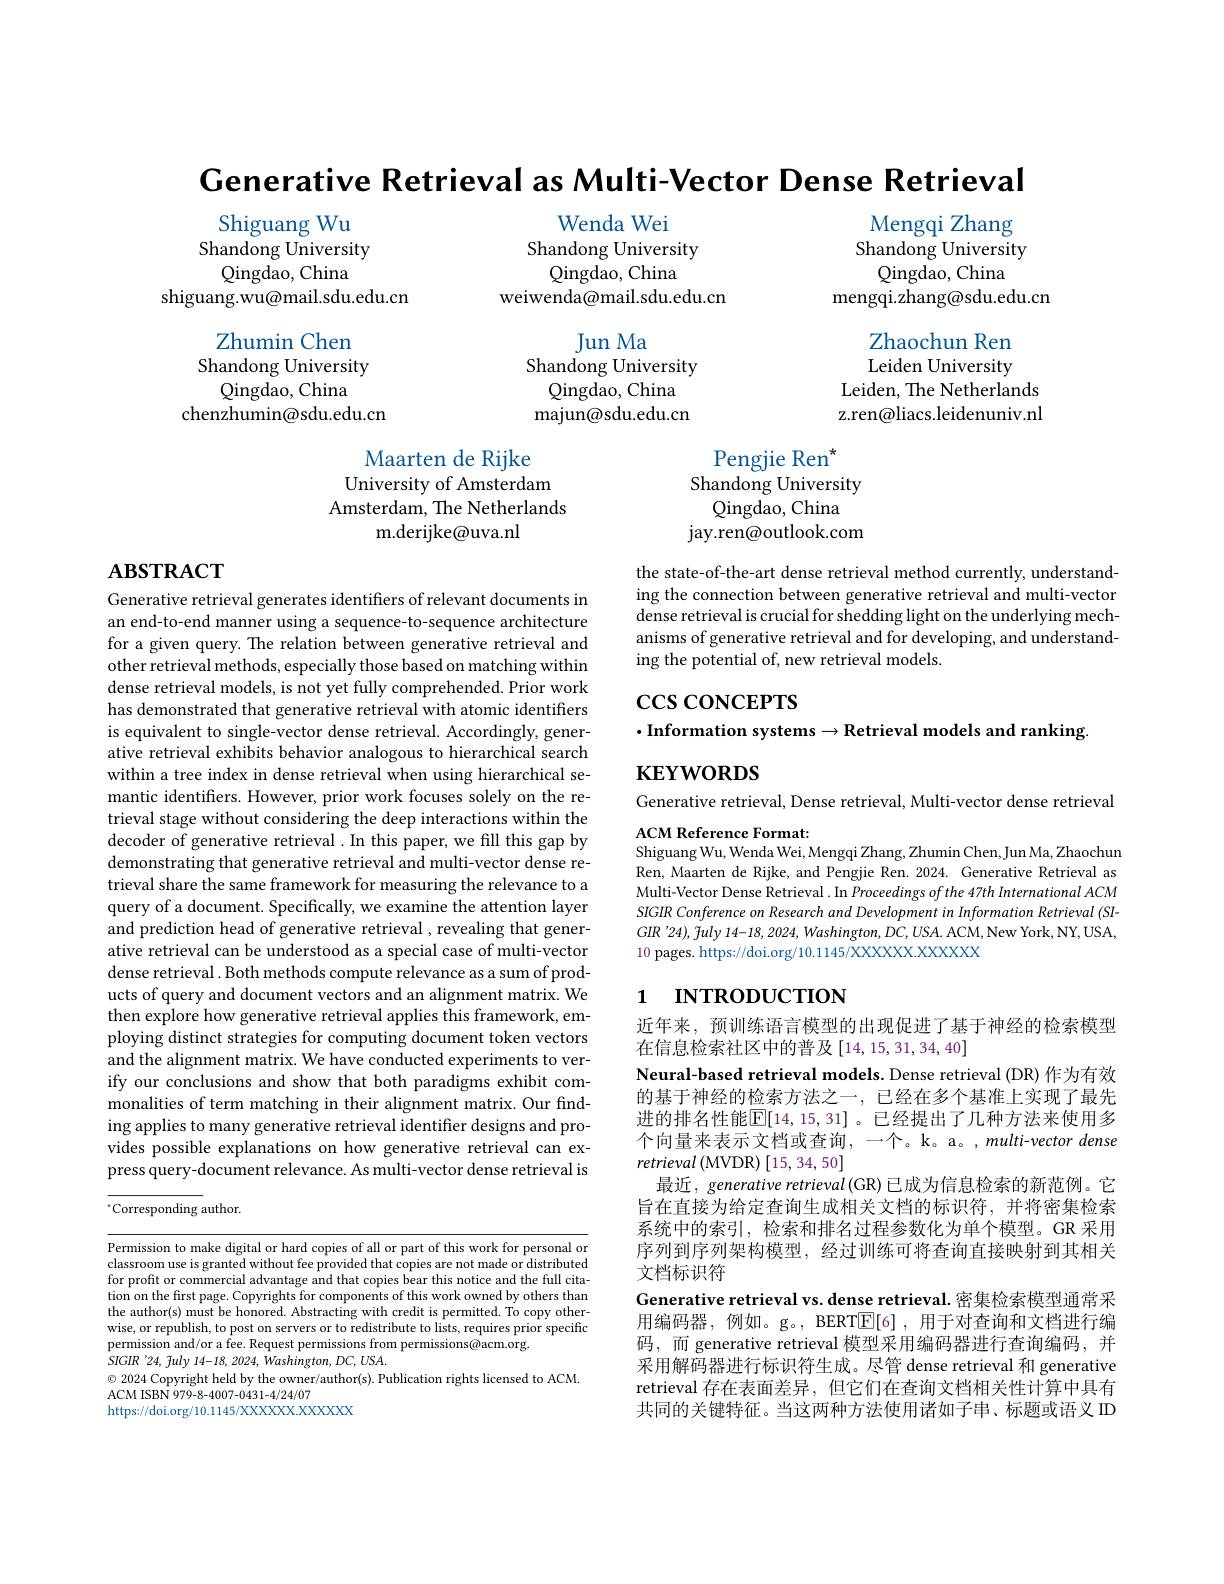
Generative Retrieval as Multi-Vector Dense Retrieval

Wenda Wei
Shandong University
${\mathrm{Qingdao,~China}}$
weiwenda@mail.sdu.edu.cn

Mengqi Zhang Shandong University
${\mathrm{Qingdao,~China}}$
mengqi.zhang@sdu.edu.cn
Zhaochun Ren Leiden University
Leiden, The Netherlands z.ren@liacs.leidenuniv.nl

Shiguang Wu
Shandong University
Qingdao, China
shiguang.wu@mail.sdu.edu.cn
Zhumin Chen
Shandong University
${\mathrm{Qingdao,China}}$
chenzhumin@sdu.edu.cn

Jun Ma
Shandong University
${\mathrm{Qingdao,~China}}$ majun@sdu.edu.cn

Maarten de Rijke
University of Amsterdam Amsterdam, The Netherlands
m. derijke@ uva. nl

Pengjie Ren$^{*}$
Shandong University
${\mathrm{Qingdao,~China}}$
jay.ren@outlook.com

# $\mathbf{ABSTRACT}$

the state-of-the-art dense retrieval method currently, understanding the connection between generative retrieval and multi-vector dense retrieval is crucial for shedding light on the underlying mechanisms of generative retrieval and for developing, and understanding the potential of, new retrieval models.

$\csc\csc$coNCEPTS

$\cdot$Information systems$\to$Retrieval models and ranking
$\mathbf{KEYWORDS}$

Generative retrieval, Dense retrieval, Multi-vector dense retrieval
ACM Reference Format:

Generative retrieval generates identifiers of relevant documents in an end-to-end manner using a sequence-to-sequence architecture for a given query. The relation between generative retrieval and other retrieval methods, especially those based on matching within dense retrieval models, is not yet fully comprehended. Prior work has demonstrated that generative retrieval with atomic identifiers is equivalent to single-vector dense retrieval. Accordingly, generative retrieval exhibits behavior analogous to hierarchical search within a tree index in dense retrieval when using hierarchical semantic identifiers. However, prior work focuses solely on the retrieval stage without considering the deep interactions within the decoder of generative retrieval .In this paper, we fill this gap by demonstrating that generative retrieval and multi-vector dense retrieval share the same framework for measuring the relevance to a query of a document. Specifically, we examine the attention layer and prediction head of generative retrieval , revealing that generative retrieval can be understood as a special case of multi-vector dense retrieval . Both methods compute relevance as a sum of products of query and document vectors and an alignment matrix. We then explore how generative retrieval applies this framework, employing distinct strategies for computing document token vectors and the alignment matrix. We have conducted experiments to verify our conclusions and show that both paradigms exhibit commonalities of term matching in their alignment matrix. Our finding applies to many generative retrieval identifier designs and provides possible explanations on how generative retrieval can express query-document relevance. As multi-vector dense retrieval is

Shiguang Wu, Wenda Wei, Mengqi Zhang, Zhumin Chen, Jun Ma, Zhaochun Ren, Maarten de Rijke, and Pengjie Ren.2024. Generative Retrieval as Multi-Vector Dense Retrieval . In Proceedings of the 47th International ACM SIGIR Conference on Research and Development in Information Retrieval (SI- $GIR’24),\tilde{f}uly$ 14-18, 2024, Washington, DC, USA. ACM, New York, NY, USA 10 pages. https://doi.org/10.1145/XXXXXX.XXXXX

# 1 INTRODUCTION

$^{*}$Corresponding author.

近年来，预训练语言模型的出现促进了基于神经的检索模型
在信息检索社区中的普及[14,15,31,34,40]
Neural-based retrieval models. Dense retrieval (DR) 作为有效的基于神经的检索方法之一，已经在多个基准上实现了最先进的排名性能$\mathbb{E}[14,15,31]$ 。已经提出了几种方法来使用多个向量来表示文档或查询，一个。k。a。,multi-vector dense $retrieval\left(\mathrm{MVDR}\right)\left[15,34,50\right]$
最近，generative retrieval (GR) 已成为信息检索的新范例。它旨在直接为给定查询生成相关文档的标识符，并将密集检索系统中的索引，检索和排名过程参数化为单个模型。GR 采用序列到序列架构模型，经过训练可将查询直接映射到其相关文档标识符
Generative retrieval vs. dense retrieval. 密集检索模型通常采用编码器，例如。g。, BERT$\boxed{\mathrm{E}}[6]$,用于对查询和文档进行编码，而 generative retrieval 模型采用编码器进行查询编码，并采用解码器进行标识符生成。尽管 dense retrieval 和 generative retrieval 存在表面差异，但它们在查询文档相关性计算中具有共同的关键特征。当这两种方法使用诸如子串、标题或语义 ID

Permission to make digital or hard copies of all or part of this work for personal or classroom use is granted without fee provided that copies are not made or distributed for profit or commercial advantage and that copies bear this notice and the full citation on the first page. Copyrights for components of this work owned by others than the author(s) must be honored. Abstracting with credit is permitted. To copy otherwise, or republish, to post on servers or to redistribute to lists, requires prior specific permission and/or a fee. Request permissions from permissions@acm.org.
$SIGIR~'24,~fuly~14-18,~2024,~Washington,~DC,~USA.$
$\odot$ 2024 Copyright held by the owner/author(s). Publication rights licensed to ACM.
ACM ISBN 979-8-4007-0431-4/24/07
https://doi.org/10.1145/XXXXXX.XXXXX